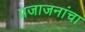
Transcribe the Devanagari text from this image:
प्रजाजनांचा